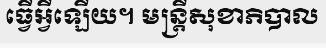
ធ្វើអ្វីឡើយ។ មន្ត្រីសុខាភិបាល